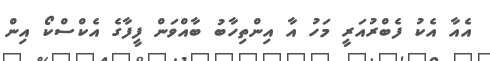
އެއާ އެކު ފެބްރުއަރީ މަހު އާ އިންތިހާބު ބާއްވަން ފީފާގެ އެކްސްކޯ އިން